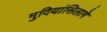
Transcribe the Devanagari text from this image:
मुदियांसिलागे